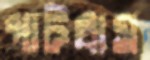
পাটগ্রাম